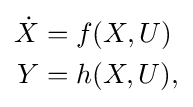
{\begin{aligned}{\dot {X}}&=f(X,U)\\Y&=h(X,U),\end{aligned}}